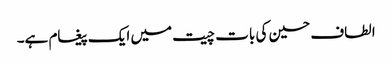
الطاف حسین کی بات چیت میں ایک پیغام ہے۔